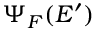
\Psi _ { F } ( E ^ { \prime } )